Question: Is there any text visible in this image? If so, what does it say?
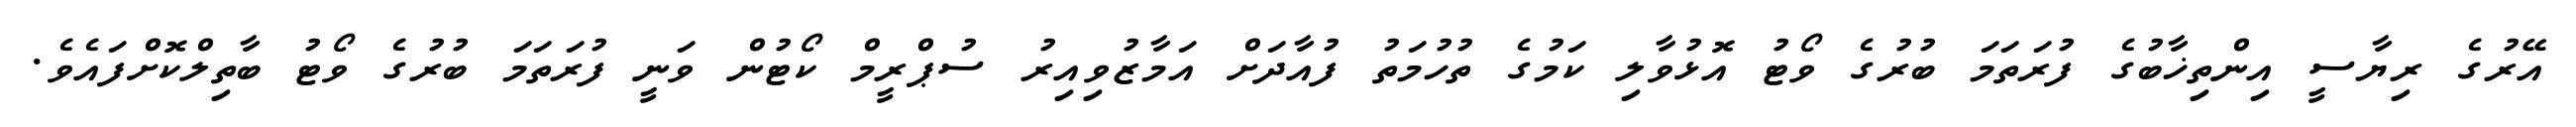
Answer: އޭރުގެ ރިޔާސީ އިންތިޚާބުގެ ފުރަތަމަ ބުރުގެ ވޯޓު އޮޅުވާލި ކަމުގެ ތުހުމަތު ފުއާދަށް އަމާޒުވިއިރު ސުޕްރީމް ކޯޓުން ވަނީ ފުރަތަމަ ބުރުގެ ވޯޓު ބާތިލްކޮށްފައެވެ.